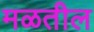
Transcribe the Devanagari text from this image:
मळतील